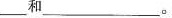
_________和_________。